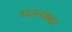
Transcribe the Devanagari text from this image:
धरल्यावर